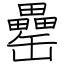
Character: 罍